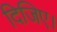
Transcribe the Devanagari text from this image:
दिजिए।